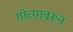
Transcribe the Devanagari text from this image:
गोव्यावरून